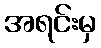
အရင်းမှ